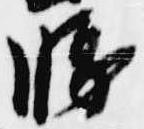
勝